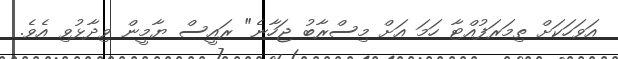
އަވަހަކަށް ތިމަރަފުއްޓާ ހަމަ އަށް މިސްރާބު ޖަހާނެ" ރައީސް ޔާމީން ވިދާޅުވި އެވެ.